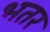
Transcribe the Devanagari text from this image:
भतर